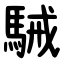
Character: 駴